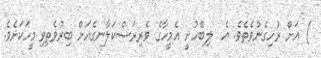
) އަށް ރުހިގެންވެތެވެ. އެ  ލިބޭހުށީ އެމީހާގެ ވެރިރަސްކަލާނގެއަށް ބިރުވެތިވި މީހަކަށެވެ.